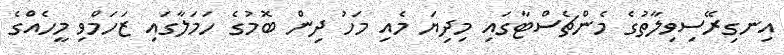
އިނގިރޭސިވިލާތުގެ މެންޗެސްޓާގައި މިދިޔަ މެއި މަހު ދިން ބޮމުގެ ހަމަލާގައި ޒަހަމްވި މީހެއްގެ